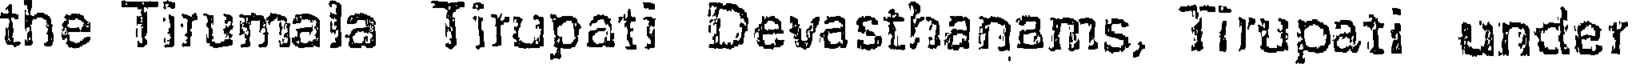
the Tirumala Tirupati Devasthanams, Tirupati under